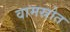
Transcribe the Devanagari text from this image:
वामस्रोत